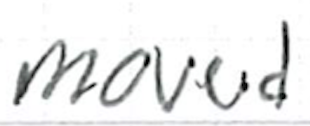
Text: moved
Cross-out: clean
Writing tool: ballpoint